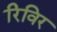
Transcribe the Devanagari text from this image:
रिविर